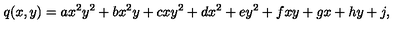
q ( x , y ) = a x ^ { 2 } y ^ { 2 } + b x ^ { 2 } y + c x y ^ { 2 } + d x ^ { 2 } + e y ^ { 2 } + f x y + g x + h y + j ,